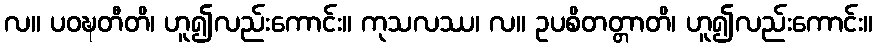
လ။ ပဝဍ္ဎတီတိ၊ ဟူ၍လည်းကောင်း။ ကုသလဿ၊ လ။ ဥပစိတတ္တာတိ၊ ဟူ၍လည်းကောင်း။